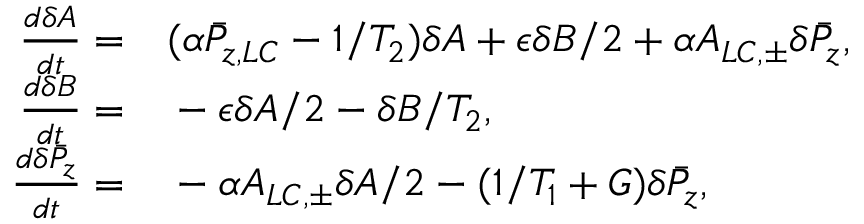
\begin{array} { r l } { \frac { d \delta A } { d t } = } & { { } ( \alpha \bar { P } _ { z , L C } - 1 / T _ { 2 } ) \delta A + \epsilon \delta B / 2 + \alpha A _ { L C , \pm } \delta \bar { P } _ { z } , } \\ { \frac { d \delta B } { d t } = } & { { } - \epsilon \delta A / 2 - \delta B / T _ { 2 } , } \\ { \frac { d \delta \bar { P } _ { z } } { d t } = } & { { } - \alpha A _ { L C , \pm } \delta A / 2 - ( 1 / T _ { 1 } + G ) \delta \bar { P } _ { z } , } \end{array}